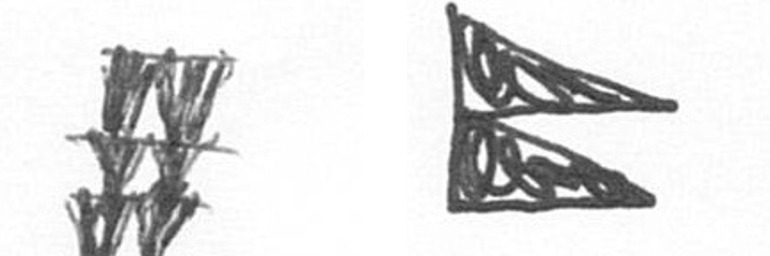
Y P